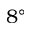
8 ^ { \circ }